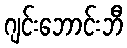
ဂျင်းဘောင်းဘီ